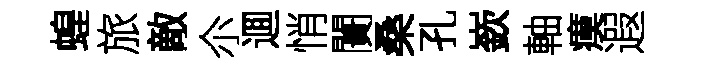
蝗旅敵尒逥悄闠桑孔嶔軸瘼遐